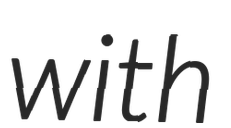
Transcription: with